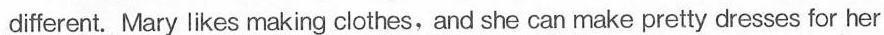
different. Mary likes making clothes, and she can make pretty dresses for her